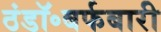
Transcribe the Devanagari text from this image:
ठंडॉ॰बर्फबारी